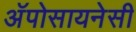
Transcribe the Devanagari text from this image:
अॅपोसायनेसी